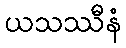
ယသဿီနံ